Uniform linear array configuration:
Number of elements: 16
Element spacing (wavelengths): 0.25
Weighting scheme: blackman
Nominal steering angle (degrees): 15
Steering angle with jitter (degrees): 14.577
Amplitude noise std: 0.05
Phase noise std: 0.05

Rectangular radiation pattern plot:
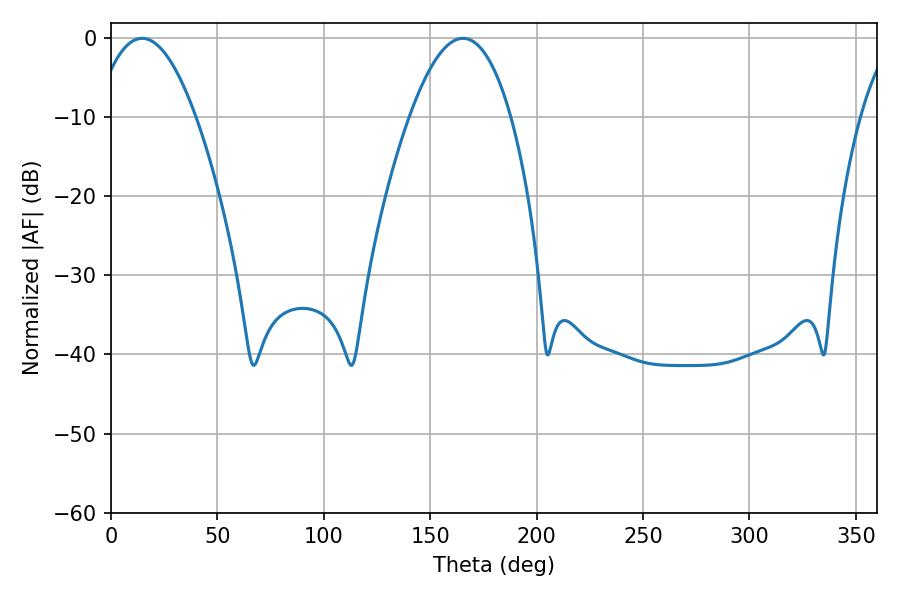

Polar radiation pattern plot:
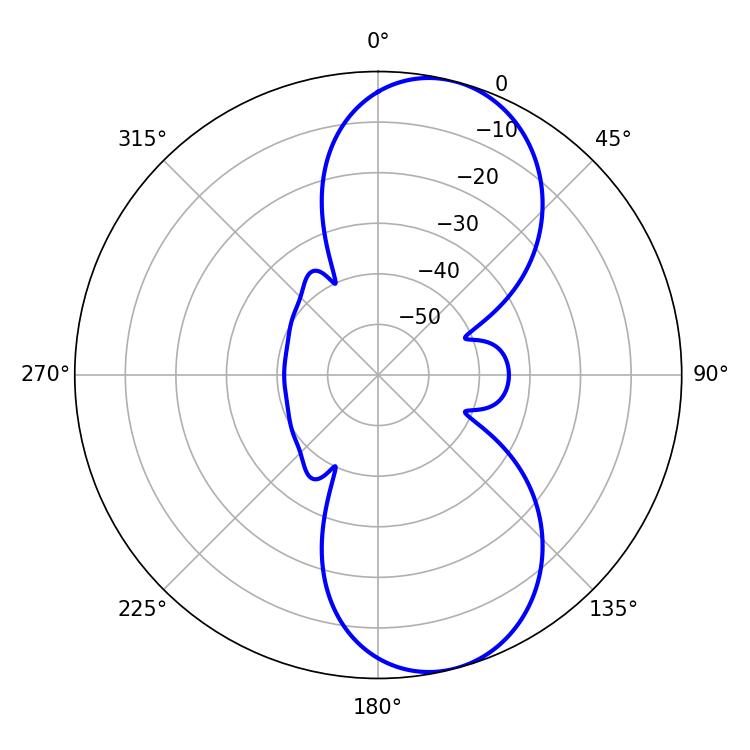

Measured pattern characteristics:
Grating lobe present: FALSE
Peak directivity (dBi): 8.916
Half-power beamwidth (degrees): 26.1
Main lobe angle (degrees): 14.58